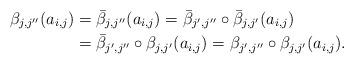
LaTeX: \begin{align*}\beta_{j,j''}(a_{i,j}) & = \bar{\beta}_{j,j''}(a_{i,j}) = \bar{\beta}_{j',j''}\circ \bar{\beta}_{j,j'}(a_{i,j}) \\& = \bar{\beta}_{j',j''}\circ\beta_{j,j'}(a_{i,j})= \beta_{j',j''}\circ\beta_{j,j'}(a_{i,j}).\end{align*}